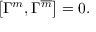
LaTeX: \left[ \Gamma ^ { m } , \Gamma ^ { \overline { { { m } } } } \right] = 0 \mathrm { . }